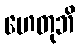
ဟေတုဘိ